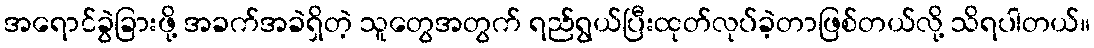
အရောင်ခွဲခြားဖို့ အခက်အခဲရှိတဲ့ သူတွေအတွက် ရည်ရွယ်ပြီးထုတ်လုပ်ခဲ့တာဖြစ်တယ်လို့ သိရပါတယ်။